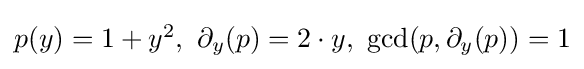
{\textstyle p(y)=1+y^{2},\ \partial _{y}(p)=2\cdot y,\ \gcd(p,\partial _{y}(p))=1}